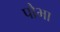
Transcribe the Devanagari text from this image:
पौभा